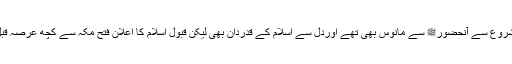
حضرت عباس ؓشروع سے آنحضورﷺ سے مانوس بھی تھے اوردل سے اسلام کے قدردان بھی لیکن قبول اسلام کا اعلان فتح مکہ سے کچھ عرصہ قبل ہی کر سکے ۔